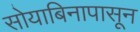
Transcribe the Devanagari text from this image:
सोयाबिनापासून